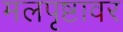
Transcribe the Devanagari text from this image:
मलपृष्टावर